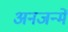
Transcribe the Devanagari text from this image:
अनजन्में